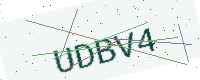
Text: UDBV4